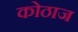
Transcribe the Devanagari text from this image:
कोठाज